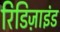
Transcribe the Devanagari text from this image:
रिडिज़ाइंड